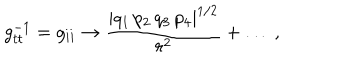
g _ { t t } ^ { - 1 } = g _ { i i } \rightarrow { \frac { | q _ { 1 } \, p _ { 2 } \, q _ { 3 } \, p _ { 4 } | ^ { 1 / 2 } } { r ^ { 2 } } } + \dots \ ,